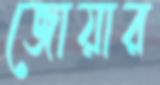
জোয়ার